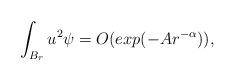
LaTeX: \begin{align*} \int_{B_r} u^2 \psi= O( exp( -A r^{-\alpha})),\ \end{align*}